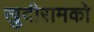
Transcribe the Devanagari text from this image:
खुदीरामको